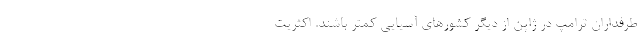
طرفداران ترامپ در ژاپن از دیگر کشورهای آسیایی کمتر باشند. اکثریت